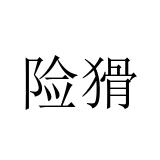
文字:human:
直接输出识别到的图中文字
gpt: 险猾